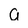
Character: a